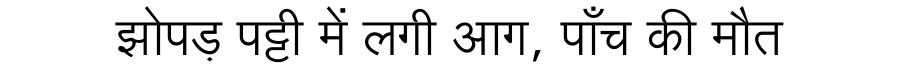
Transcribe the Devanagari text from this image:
झोपड़ पट्टी में लगी आग, पाँच की मौत